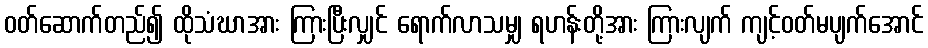
ဝတ်ဆောက်တည်၍ ထိုသံဃာအား ကြားပြီးလျှင် ရောက်လာသမျှ ရဟန်းတို့အား ကြားလျက် ကျင့်ဝတ်မပျက်အောင်